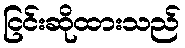
ငြင်းဆိုထားသည်